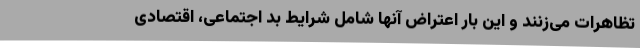
تظاهرات می‌زنند و این بار اعتراض آنها شامل شرایط بد اجتماعی، اقتصادی